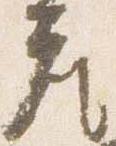
座